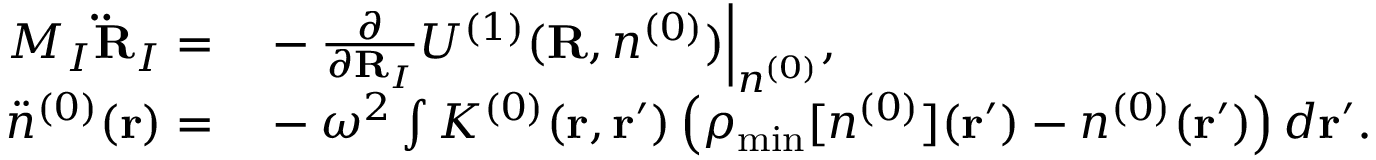
\begin{array} { r l } { M _ { I } { \bf \ddot { R } } _ { I } = } & { { } - \frac { \partial } { \partial { \bf R } _ { I } } { \cal U } ^ { ( 1 ) } ( { \bf R } , n ^ { ( 0 ) } ) \Big \vert _ { n ^ { ( 0 ) } } , } \\ { { \ddot { n } } ^ { ( 0 ) } ( { \bf r } ) = } & { { } - \omega ^ { 2 } \int K ^ { ( 0 ) } ( { \bf r , r ^ { \prime } } ) \left( \rho _ { \mathrm { m i n } } [ n ^ { ( 0 ) } ] ( { \bf r ^ { \prime } } ) - n ^ { ( 0 ) } ( { \bf r ^ { \prime } } ) \right) d { \bf r ^ { \prime } } . } \end{array}